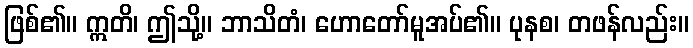
ဖြစ်၏။ ဣတိ၊ ဤသို့။ ဘာသိတံ၊ ဟောတော်မူအပ်၏။ ပုနစ၊ တဖန်လည်း။